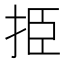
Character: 挋